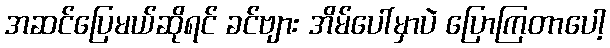
အဆင်ပြေမယ်ဆိုရင် ခင်ဗျား အိမ်ပေါ်မှာပဲ ပြောကြတာပေါ့